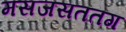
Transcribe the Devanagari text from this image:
मसजसततग